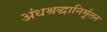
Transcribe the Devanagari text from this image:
अंधश्रद्धानिर्मूलन